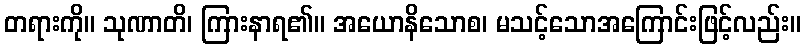
တရားကို။ သုဏာတိ၊ ကြားနာရ၏။ အယောနိသောစ၊ မသင့်သောအကြောင်းဖြင့်လည်း။